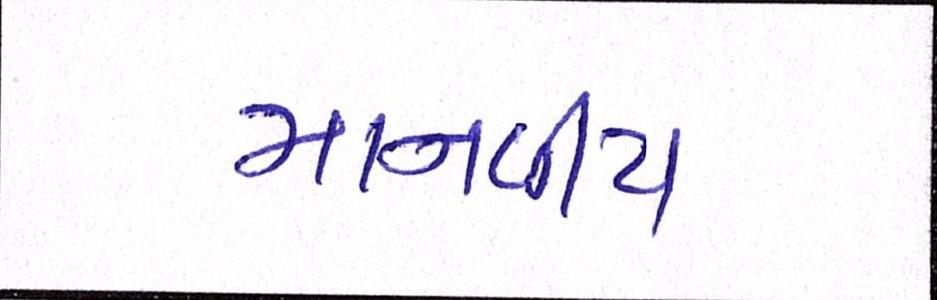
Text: માનવીય